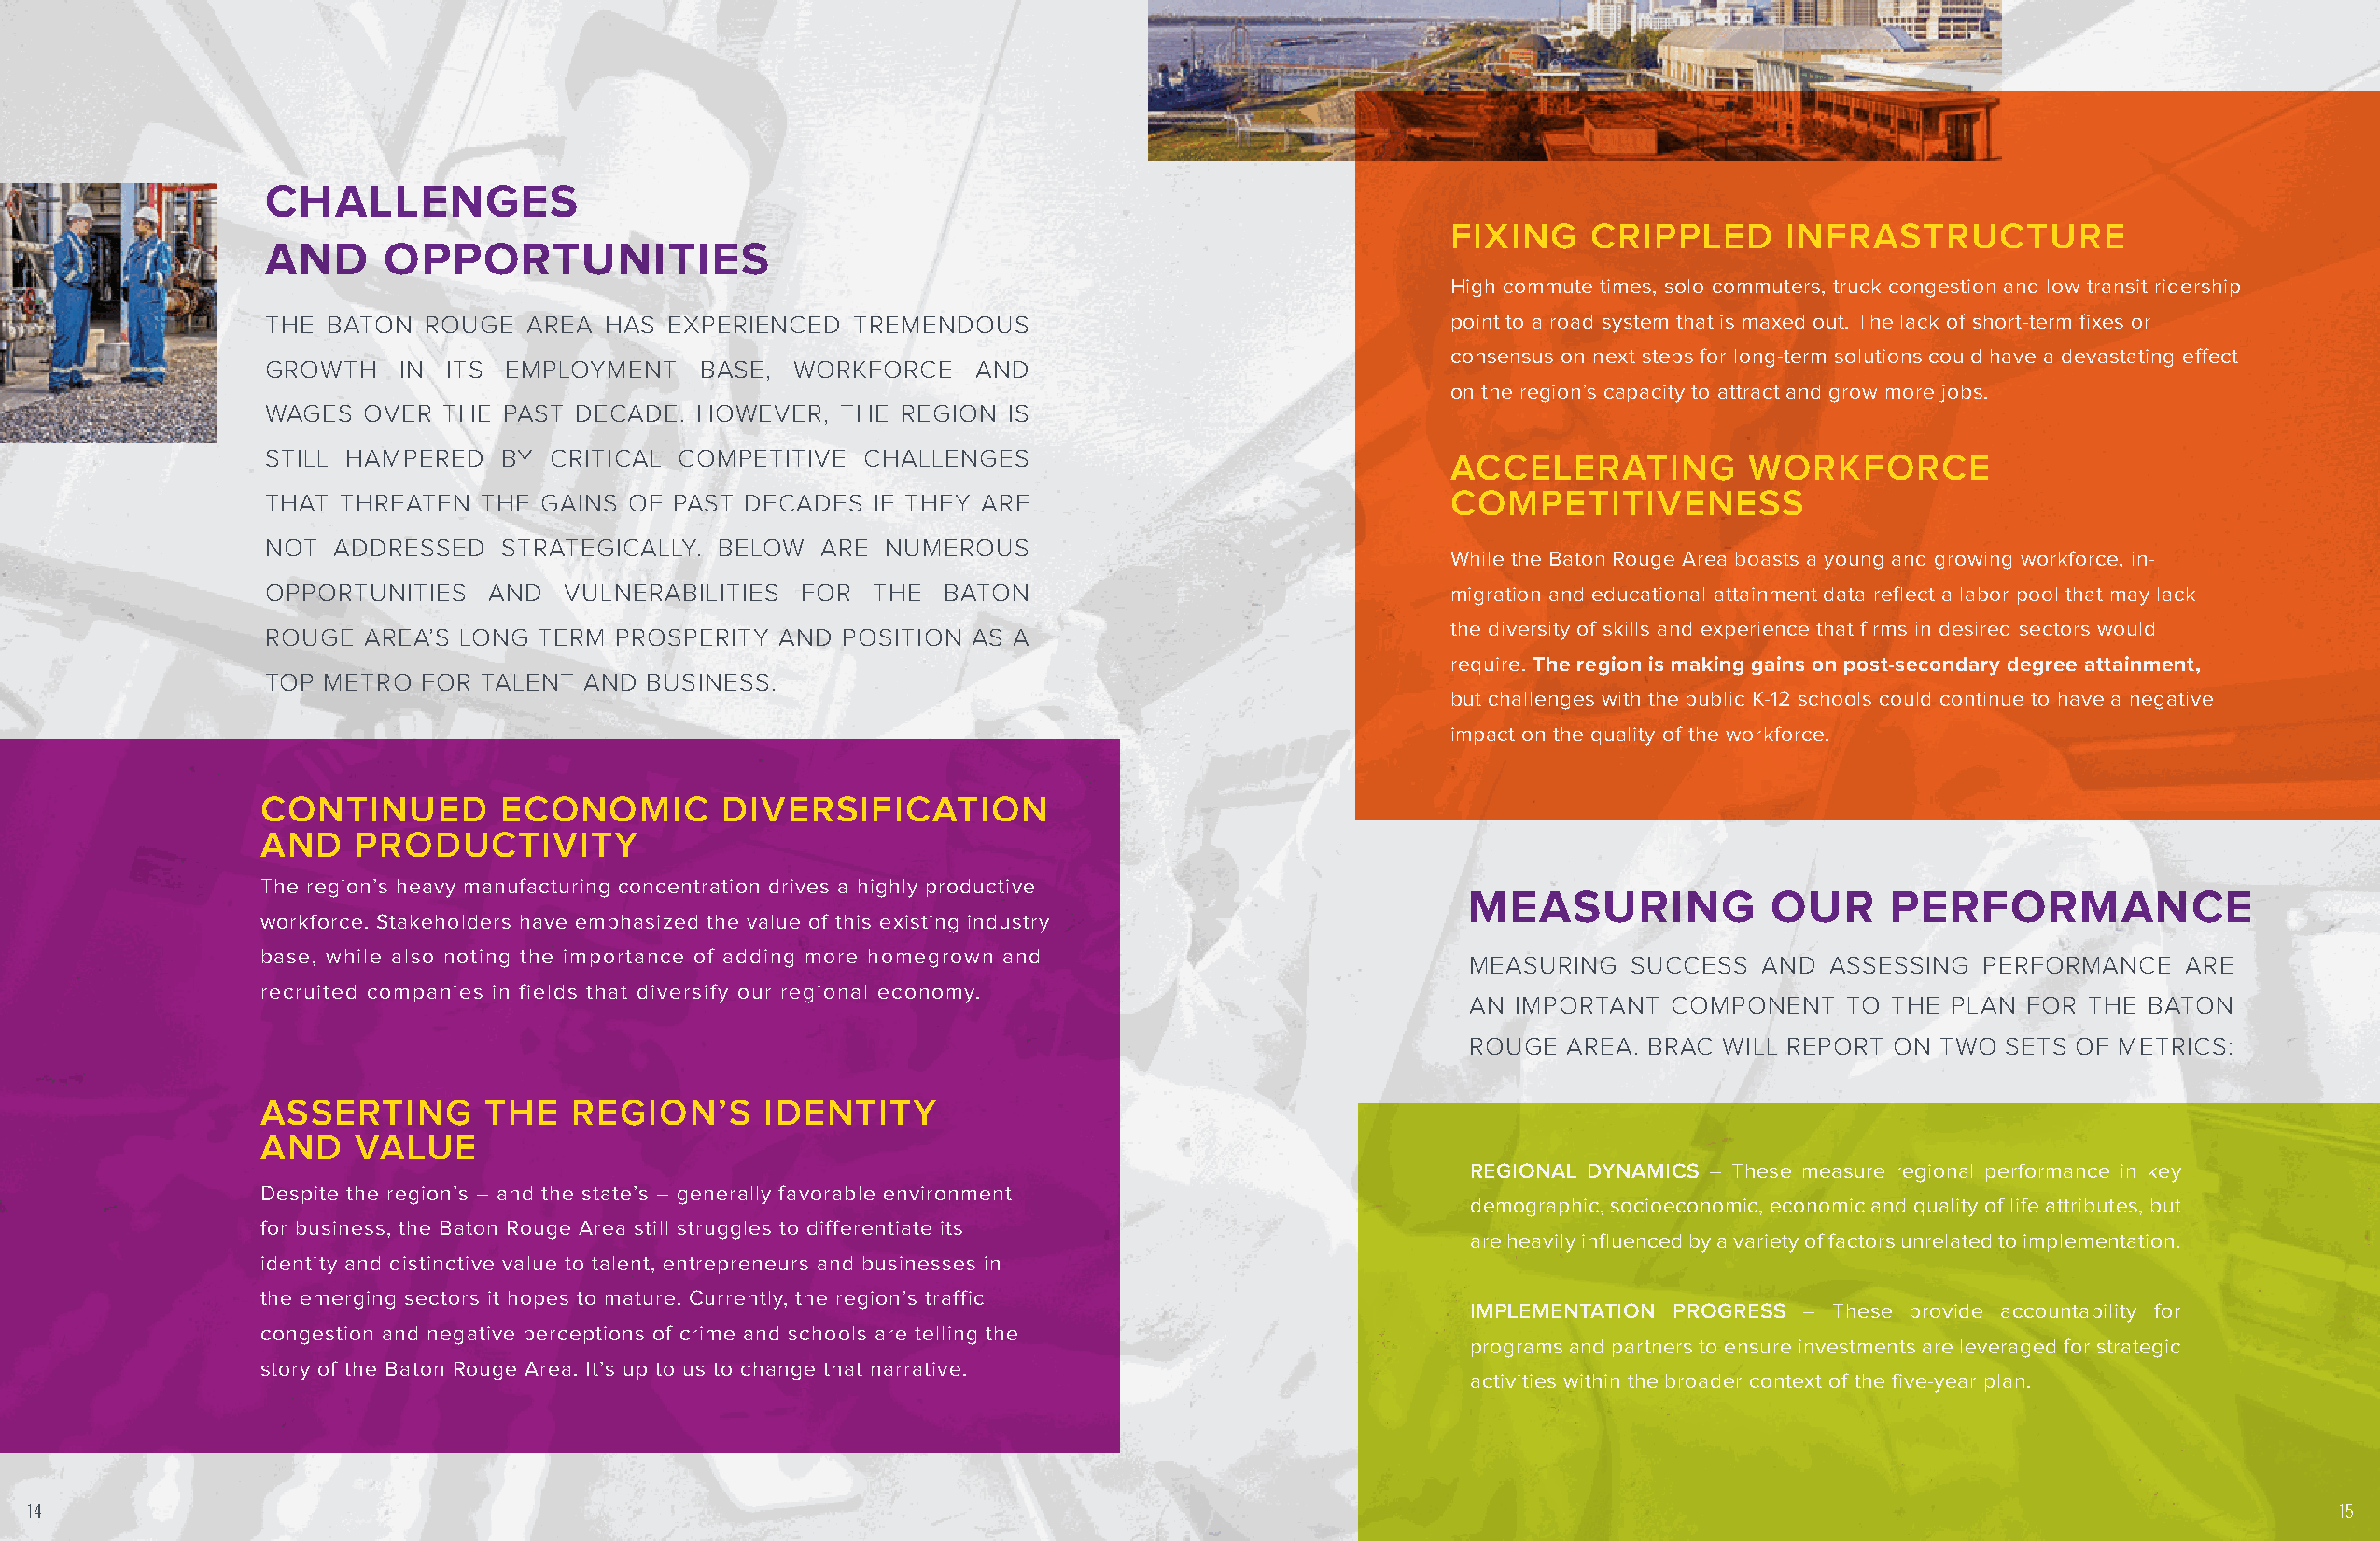
CHALLENGES
 FIXING    CRIPPLED      INFRASTRUCTURE
 AND     OPPORTUNITIES
 High commute times, solo commuters, truck congestion and low transit ridership
 THE BATON  ROUGE  AREA  HAS EXPERIENCED   TREMENDOUS                                point to a road system that is maxed out. The lack of short-term fixes or
 consensus on next steps for long-term solutions could have a devastating effect
 GROWTH   IN  ITS EMPLOYMENT    BASE, WORKFORCE    AND
 on the region’s capacity to attract and grow more jobs.
 WAGES  OVER THE  PAST DECADE. HOWEVER,   THE REGION  IS
 STILL HAMPERED   BY CRITICAL COMPETITIVE  CHALLENGES                                ACCELERATING         WORKFORCE
 COMPETITIVENESS
 THAT THREATEN  THE GAINS  OF PAST DECADES  IF THEY ARE
 NOT  ADDRESSED   STRATEGICALLY. BELOW  ARE  NUMEROUS
 While the Baton Rouge Area boasts a young and growing workforce, in-
 OPPORTUNITIES   AND  VULNERABILITIES  FOR  THE  BATON                               migration and educational attainment data reflect a labor pool that may lack
 the diversity of skills and experience that firms in desired sectors would
 ROUGE  AREA’S LONG-TERM  PROSPERITY AND  POSITION AS A
 require. The region is making gains on post-secondary degree attainment,
 TOP METRO  FOR TALENT AND  BUSINESS.
 but challenges with the public K-12 schools could continue to have a negative
 impact on the quality of the workforce.
 CONTINUED        ECONOMIC        DIVERSIFICATION
 AND    PRODUCTIVITY
 The region’s heavy manufacturing concentration drives a highly productive
 MEASURING             OUR     PERFORMANCE
 workforce. Stakeholders have emphasized the value of this existing industry
 base, while also noting the importance of adding more homegrown and
 MEASURING   SUCCESS  AND  ASSESSING  PERFORMANCE   ARE
 recruited companies in fields that diversify our regional economy.
 AN IMPORTANT   COMPONENT   TO THE PLAN  FOR THE BATON
 ROUGE  AREA. BRAC WILL REPORT ON  TWO SETS OF METRICS:
 ASSERTING       THE    REGION’S     IDENTITY
 AND    VALUE
 REGIONAL DYNAMICS – These measure regional performance in key
 Despite the region’s – and the state’s – generally favorable environment
 demographic, socioeconomic, economic and quality of life attributes, but
 for business, the Baton Rouge Area still struggles to differentiate its
 are heavily influenced by a variety of factors unrelated to implementation.
 identity and distinctive value to talent, entrepreneurs and businesses in
 the emerging sectors it hopes to mature. Currently, the region’s traffic
 IMPLEMENTATION PROGRESS – These provide accountability for
 congestion and negative perceptions of crime and schools are telling the
 programs and partners to ensure investments are leveraged for strategic
 story of the Baton Rouge Area. It’s up to us to change that narrative.
 activities within the broader context of the five-year plan.
 14                                                                                                                                                                  15